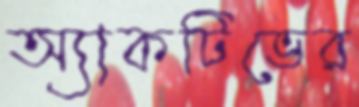
অ্যাকটিভের